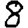
Digit: 8